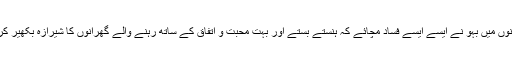
کئی گھرانوں میں بہو نے ایسے ایسے فساد مچائے کہ ہنستے بستے اور بہت محبت و اتفاق کے ساتھ رہنے والے گھرانوں کا شیرازہ بکھیر کر رکھ دیا۔